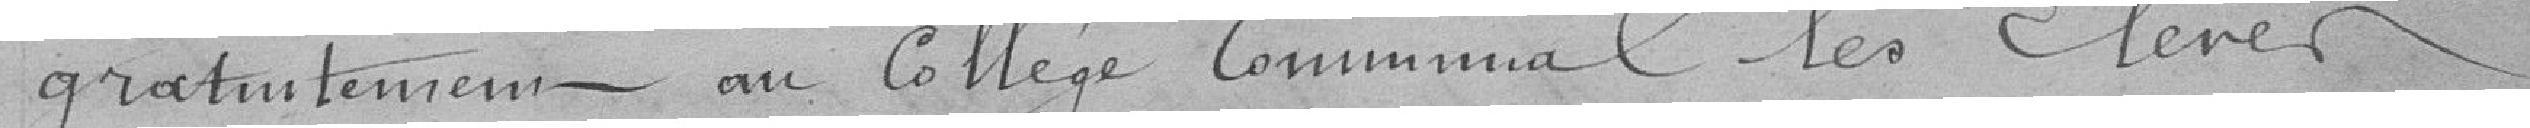
gratuitement- au Collège Communal les Élèves